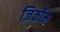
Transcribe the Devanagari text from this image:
ज़िकौम